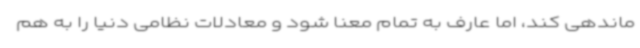
ماندهی کند، اما عارف به تمام معنا شود و معادلات نظامی دنیا را به هم